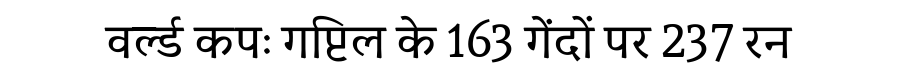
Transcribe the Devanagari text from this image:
वर्ल्ड कपः गप्टिल के 163 गेंदों पर 237 रन